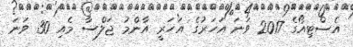
އެސްޓިއޯގެ 2017 ވަނަ އަހަރުގެ އަހަރީ އާންމު ޖަލްސާ މެއި 30 ވަނަ